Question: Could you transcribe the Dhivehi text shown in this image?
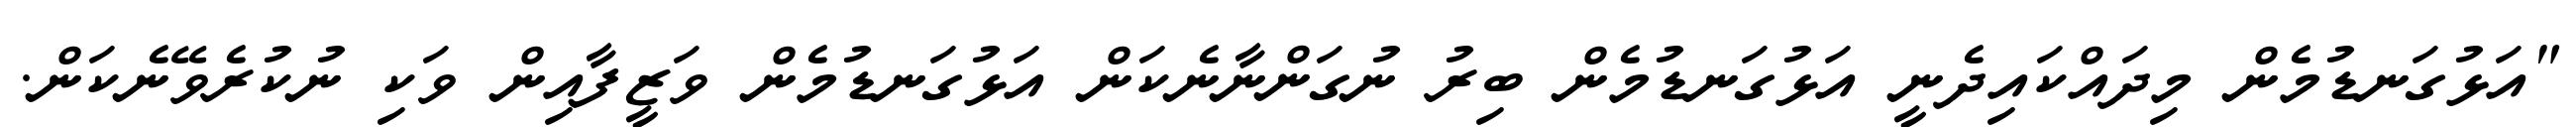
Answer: "އަޅުގަނޑުމެން މިދައްކައިދެނީ އަޅުގަނޑުމެން ބިރު ނުގަންނާނެކަން އަޅުގަނޑުމެން ވަޒީފާއިން ވަކި ނުކުރެވޭނެކަން.